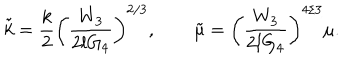
\tilde { k } = \frac { k } { 2 } \left( \frac { W _ { 3 } } { 2 l G _ { 4 } } \right) ^ { 2 / 3 } , \qquad \tilde { \mu } = \left( \frac { W _ { 3 } } { 2 l G _ { 4 } } \right) ^ { 4 / 3 } \mu .